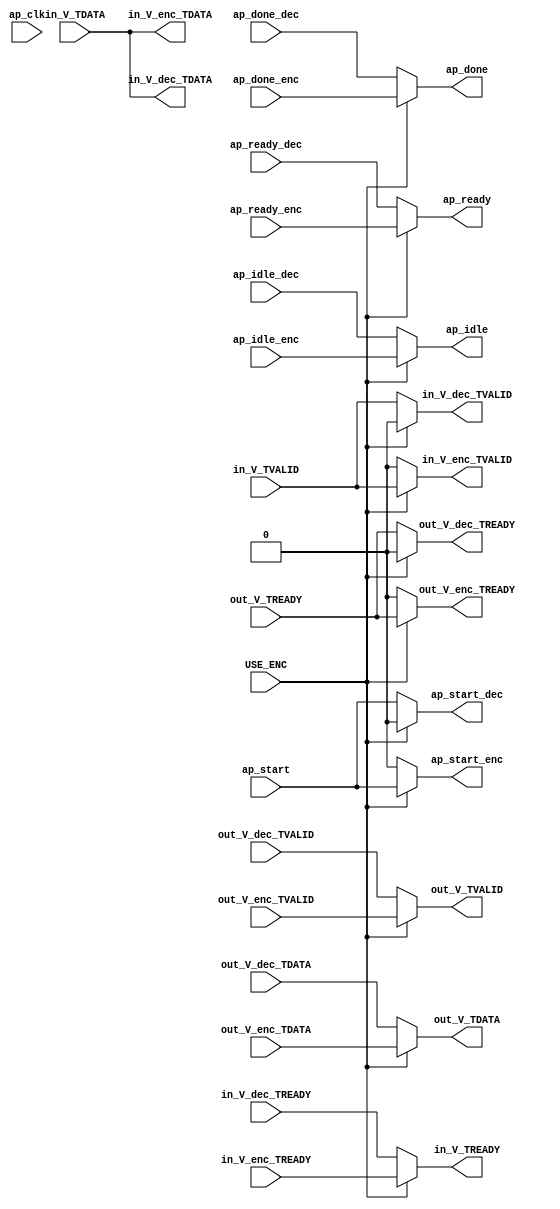
// Copyright (C) 2022, Advanced Micro Devices, Inc. All rights reserved.
// SPDX-License-Identifier: MIT

`timescale 1ns / 1ps

module axis_accel_sel(
input USE_ENC,
input ap_clk,
input ap_start,
output ap_done,
input [127:0] in_V_TDATA,
input in_V_TVALID,
output in_V_TREADY,

output [127:0] in_V_enc_TDATA,
output in_V_enc_TVALID,
input in_V_enc_TREADY,

output [127:0] in_V_dec_TDATA,
output in_V_dec_TVALID,
input in_V_dec_TREADY,

input [127 : 0] out_V_dec_TDATA,
input out_V_dec_TVALID,
output wire out_V_dec_TREADY,

input [127 : 0] out_V_enc_TDATA,
input out_V_enc_TVALID,
output wire out_V_enc_TREADY,

output [127 : 0] out_V_TDATA,
output out_V_TVALID,
input out_V_TREADY,

output ap_start_enc, ap_start_dec,
input ap_done_enc, ap_done_dec,
input ap_idle_enc,
input ap_idle_dec,
output wire ap_idle,


input ap_ready_enc,
input ap_ready_dec,
output wire ap_ready


);

assign out_V_TDATA = USE_ENC ? out_V_enc_TDATA : out_V_dec_TDATA;
assign out_V_TVALID = USE_ENC ? out_V_enc_TVALID : out_V_dec_TVALID;
assign in_V_TREADY = USE_ENC ? in_V_enc_TREADY : in_V_dec_TREADY;

assign in_V_dec_TVALID = USE_ENC ? 0 : in_V_TVALID;
assign out_V_dec_TREADY = USE_ENC ? 0 : out_V_TREADY;

assign in_V_enc_TVALID = USE_ENC ? in_V_TVALID : 0;
assign out_V_enc_TREADY = USE_ENC ? out_V_TREADY : 0;

assign ap_done = USE_ENC ? ap_done_enc : ap_done_dec;
assign ap_start_enc = USE_ENC ? ap_start :0 ;
assign ap_start_dec = USE_ENC ? 0 : ap_start;

assign in_V_dec_TDATA = in_V_TDATA;
assign in_V_enc_TDATA = in_V_TDATA;

assign out_V_TDATA = USE_ENC ? out_V_enc_TDATA : out_V_dec_TDATA;

assign ap_idle = USE_ENC ? ap_idle_enc : ap_idle_dec;

assign ap_ready = USE_ENC ? ap_ready_enc : ap_ready_dec;


endmodule